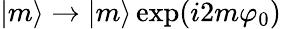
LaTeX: |m\rangle\rightarrow|m\rangle\exp(i2m\varphi_{0})